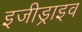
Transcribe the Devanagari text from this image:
इजीड्राइव